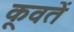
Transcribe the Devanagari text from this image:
कूवतें